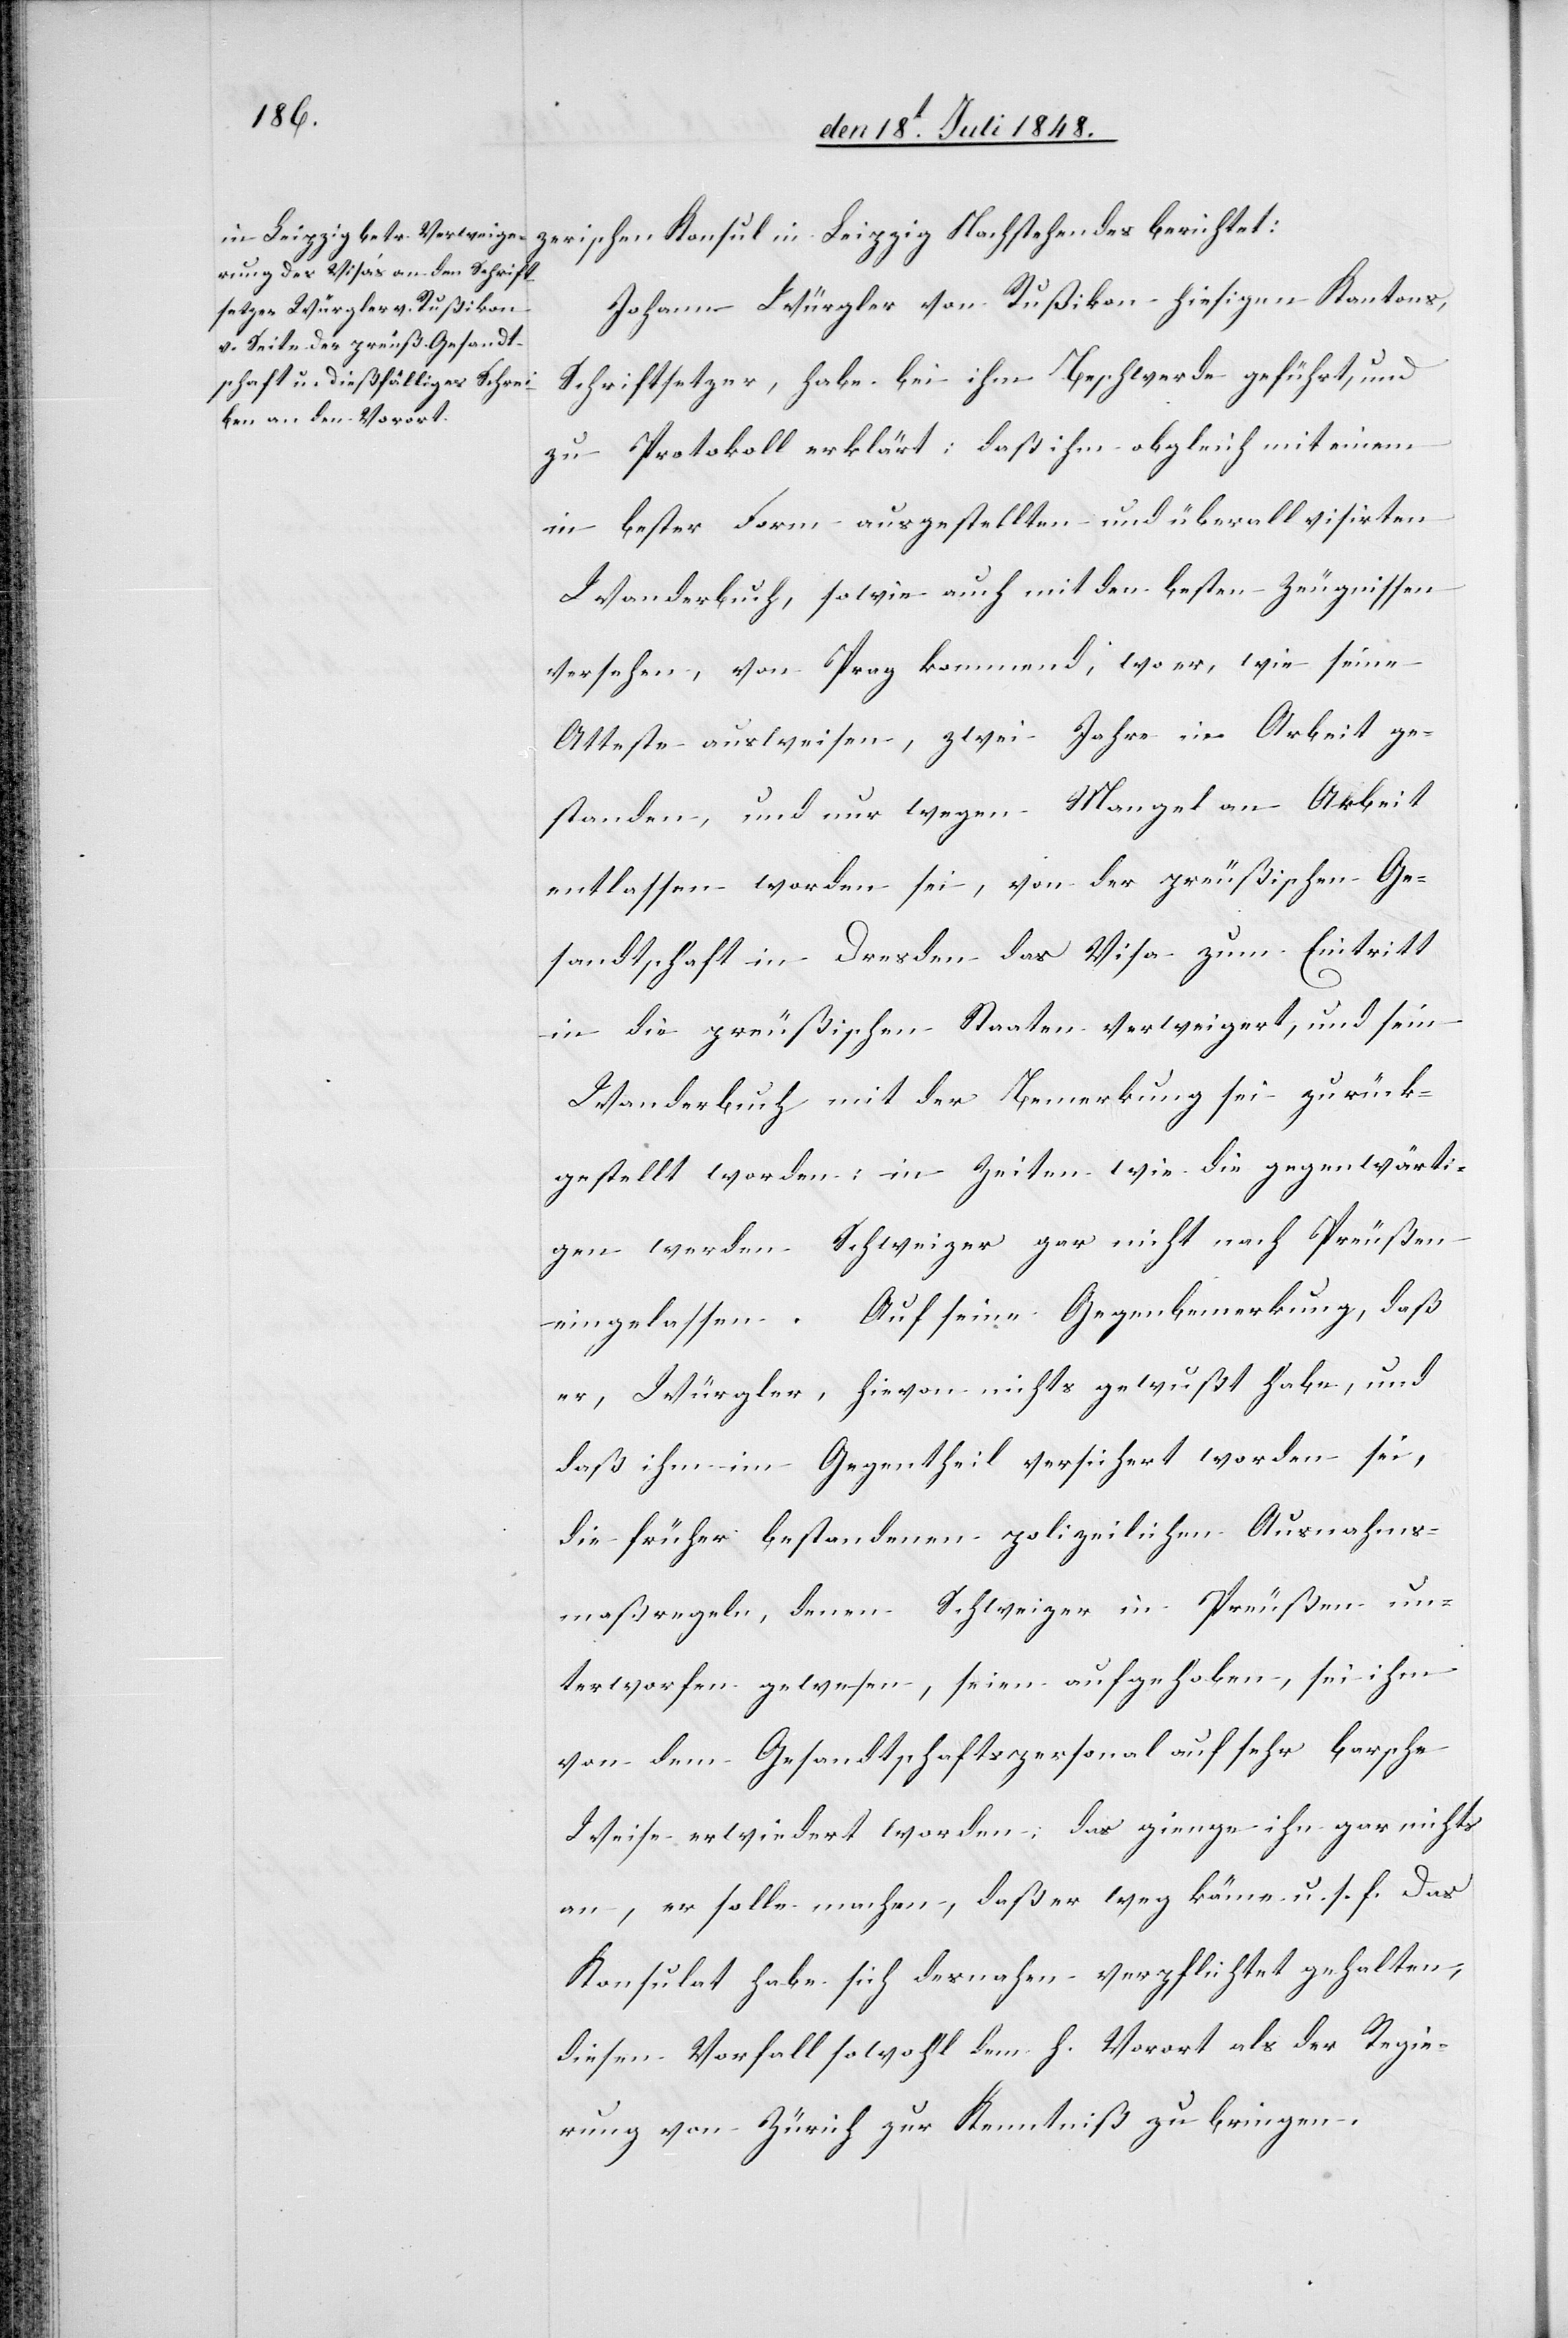
Johann Würgler von Rußikon hiesigen Kantons,
Schriftsetzer, habe bei ihm Beschwerde geführt, und
zu Protokoll erklärt: daß ihm obgleich mit einem
in bester Form ausgestellten und überall visirten
Wanderbuch, sowie auch mit den besten Zeugnissen
versehen, von Prag kommend, wo er, wie seine
Atteste ausweisen, zwei Jahre in Arbeit ge¬
standen, und nur wegen Mangel an Arbeit
entlassen worden sei, von der preußischen Ge¬
sandtschaft in Dresden das Visa zum Eintritt
in die preußischen Staaten verweigert, und sein
Wanderbuch mit der Bemerkung sei zurück¬
gestellt worden; in Zeiten wie die gegenwärti¬
gen werden Schweizer gar nicht nach Preußen
eingelassen. Auf seine Gegenbemerkung, daß
er, Würgler, hievon nichts gewußt habe, und
daß ihm im Gegentheil versichert worden sei,
die früher bestandenen polizeilichen Ausnahmes¬
maßregeln denen Schweizer in Preußen un¬
terworfen gewesen, seien aufgehoben, sei ihm
von dem Gesandtschaftspersonal auf sehr barsche
Weise erwiedert worden, das gienge ihn gar nichts
an, er solle machen, daß er weg käme u. s. f. Das
Konsulat habe sich desnahen verpflichtet gehalten,
diesen Vorfall sowohl dem h. Vorort als der Regie¬
rung von Zürich zur Kenntniß zu bringen.